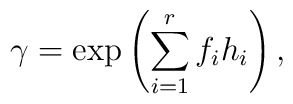
\gamma = \exp \left(\sum_{i=1}^r f_i h_i\right),